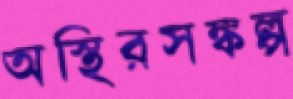
অস্থিরসঙ্কল্প